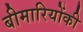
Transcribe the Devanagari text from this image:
बीमारियोंकी